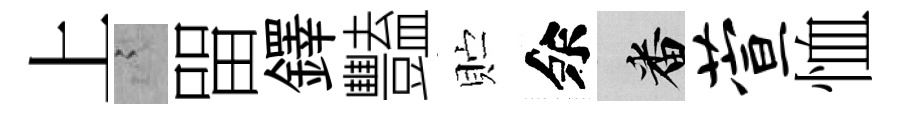
上謭㽞鐸豔贮余番萱恤